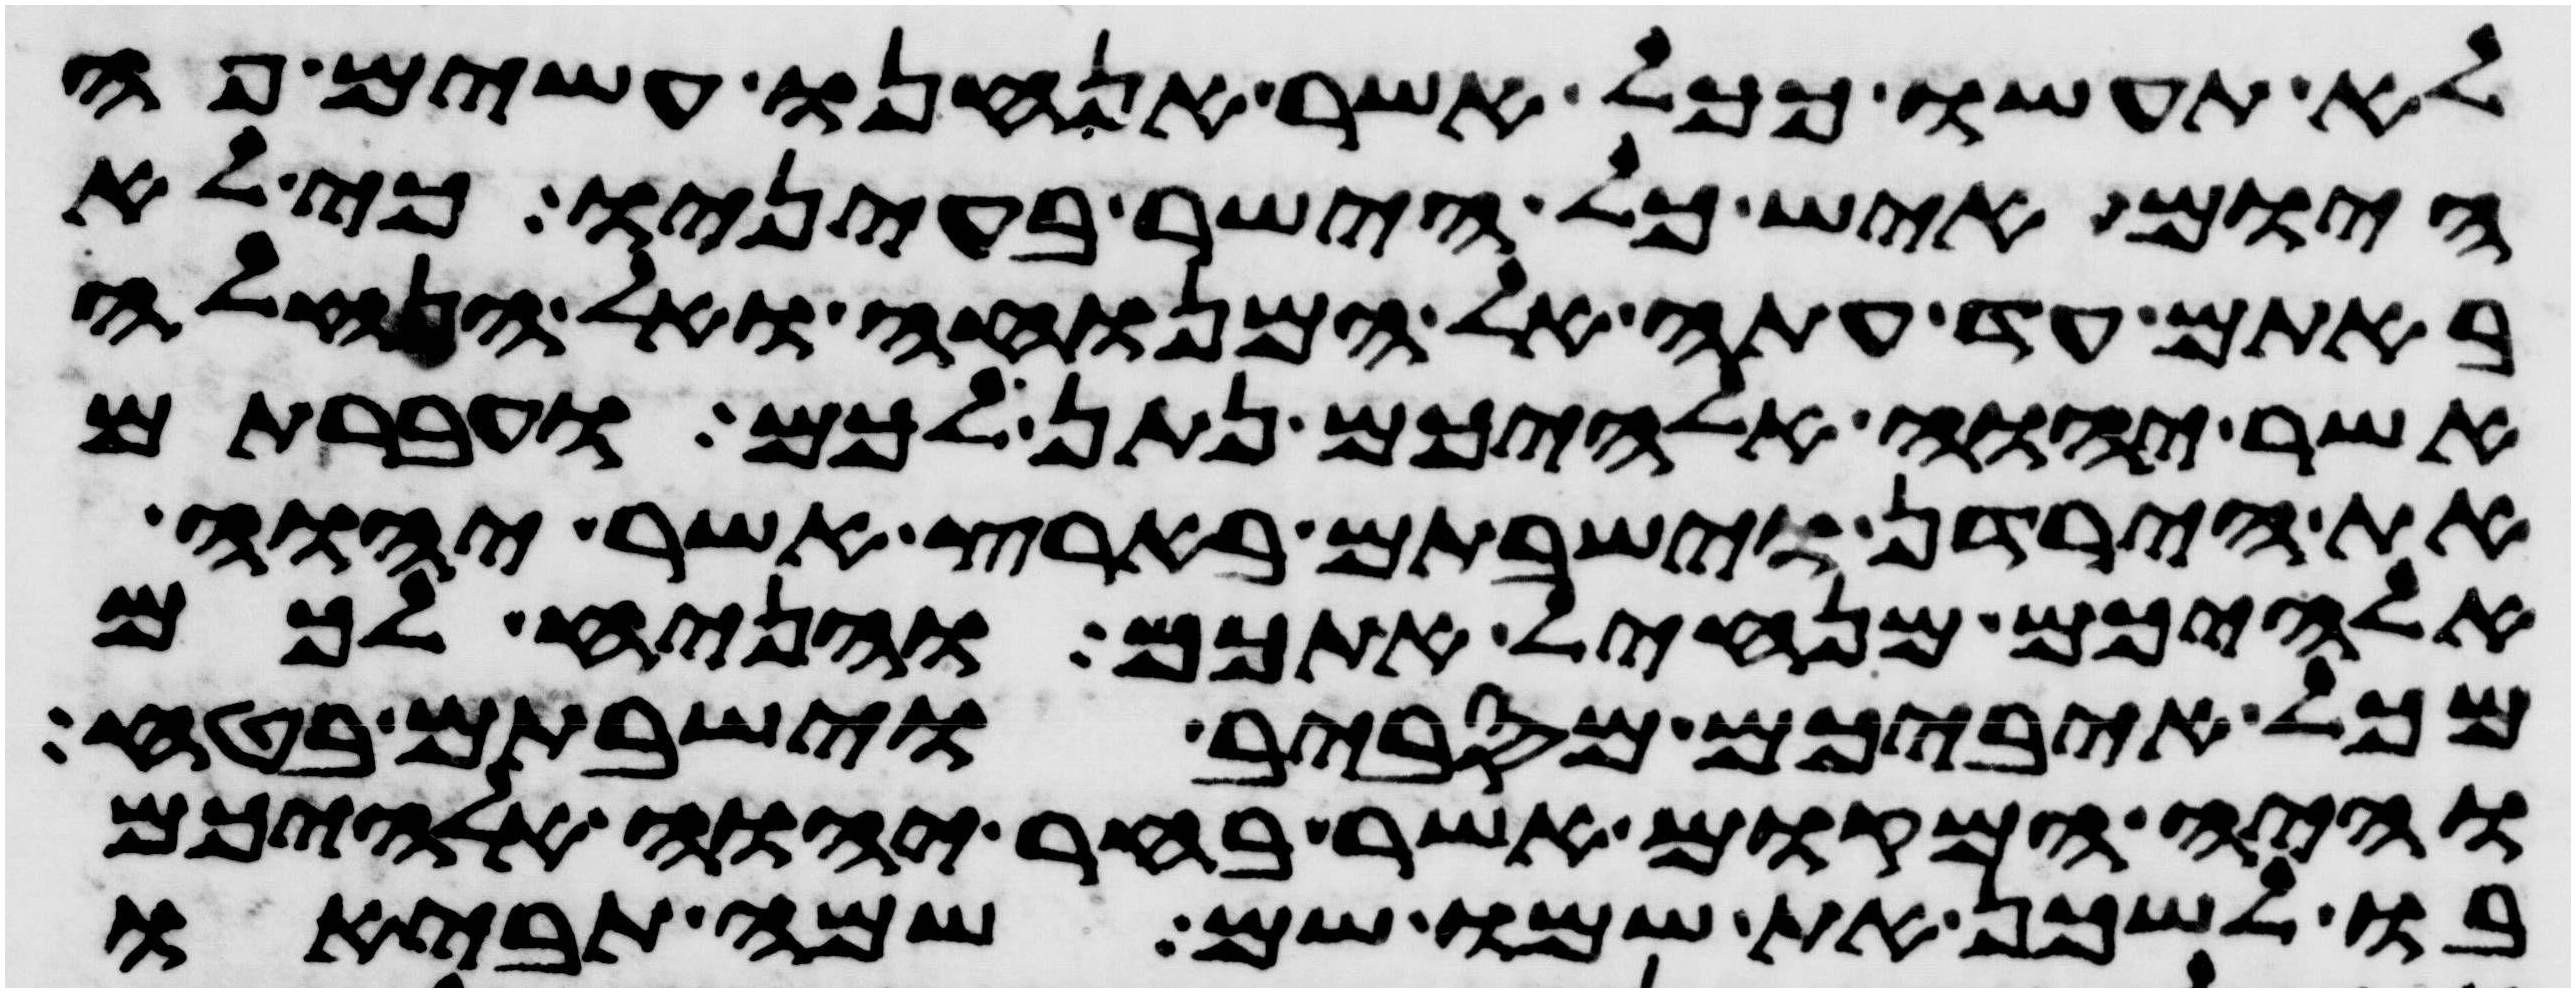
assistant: לא תעשו ככל אשר אנחנו עשים פה
היום איש כל הישר בעיניו כי לא
באתם עד עתה אל המנוחה ואל הנחלה
אשר יהוה אלהיכם נתן לכם ועברתם
את הירדן וישבתם בארץ אשר יהוה
אלהיכם מנחיל אתכם והניח לכם
מכל איביכם מסביב וישבתם בטח
והיה המקום אשר בחר יהוה אלהיכם
בו לשכן את שמו שם שמה תביאו